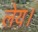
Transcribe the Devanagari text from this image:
लेय।